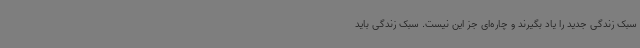
سبک زندگی جدید را یاد بگیرند و چاره‌ای جز این نیست. سبک زندگی باید